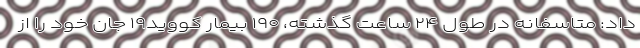
داد: متاسفانه در طول ۲۴ ساعت گذشته، ۱۹۰ بیمار کووید۱۹ جان خود را از